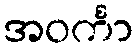
အဝင်္ကာ